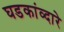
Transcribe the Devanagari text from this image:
घडकांव्दारे